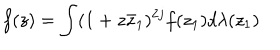
f ( z ) = \int ( 1 + z \bar { z } _ { 1 } ) ^ { 2 j } f ( z _ { 1 } ) d \lambda ( z _ { 1 } )